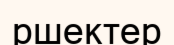
ршектер